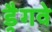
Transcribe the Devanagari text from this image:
ड्रैगवे